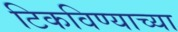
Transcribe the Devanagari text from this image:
टिकविण्याच्या